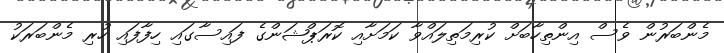
މެންބަރުން ވެސް އިންތިހާބަށް ކުރިމަތިލައްވާ ކަމަށާއި ކޮރަޕްޝަންގެ ފައިސާގައި ހިފާފައި ހުރި މެންބަރަކު